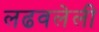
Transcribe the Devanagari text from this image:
लढवलेली